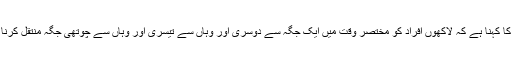
سیروسیاحت (Tourism) اور نقل و حمل (Logsties) کے ماہرین کا کہنا ہے کہ لاکھوں افراد کو مختصر وقت میں ایک جگہ سے دوسری اور وہاں سے تیسری اور وہاں سے چوتھی جگہ منتقل کرنا ایک بھرپور منصوبہ بندی، کنٹرول اور نگرانی کے بغیر ممکن نہیں۔